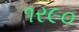
૧ર૯૦